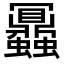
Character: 𧖅